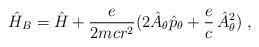
LaTeX: \begin{align*}\hat H_B=\hat H+\frac{e}{2mcr^2}(2\hat A_\theta \hat p_\theta+ \frac{e}{c}\,\hat A_\theta^2)\;, \end{align*}